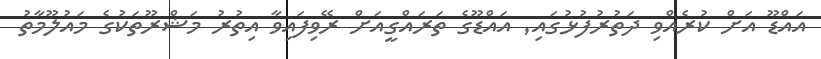
އައްޑޫ އަށް ކުރެއްވި ދަތުރުފުޅުގައި